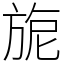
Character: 旎